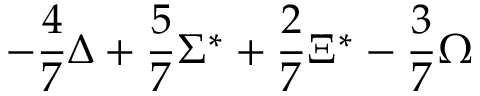
- { \frac { 4 } { 7 } } \Delta + { \frac { 5 } { 7 } } \Sigma ^ { * } + { \frac { 2 } { 7 } } \Xi ^ { * } - { \frac { 3 } { 7 } } \Omega